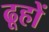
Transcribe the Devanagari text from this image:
ढूहों